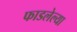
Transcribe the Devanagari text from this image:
फाडलेल्या